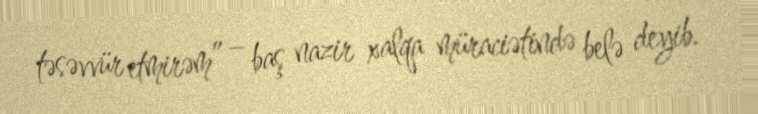
təsəvvür etmirəm” – baş nazir xalqa müraciətində belə deyib.